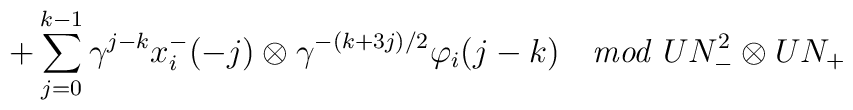
\hspace{.7in}            + \sum^{k-1}_{j=0} \gamma^{j-k} x^-_i(-j)                               \otimes \gamma^{-(k+3j)/2} \varphi_i(j-k)              \quad   {\it mod} \; UN_-^2 \otimes UN_+